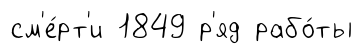
см'е́рт'и 1849 р'яд рабо́ты